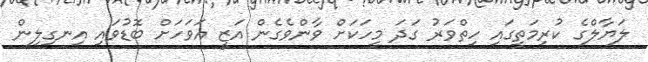
ލަޔާލްގެ ކުރިމަތީގައި ހިތްވަރު ގަދަ މީހަކަށް ވާންވެގެން އަޒީ އަވަހަށް ބޮޑުވައި އިނގިލިން